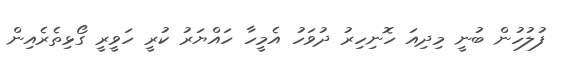
ފުލުހުން ބުނީ މިދިއަ ހޮނިހިރު ދުވަހު އެމީހާ ހައްޔަރު ކުރީ ހަވީރީ ގޯޅިތެރެއިން